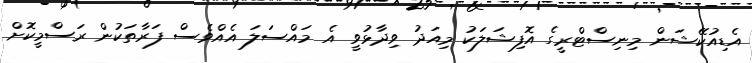
އެޑިއުކޭޝަން މިނިސްޓްރީގެ އޮފިޝަލަކު މިއަދު ވިދާޅުވީ އެ މައްސަލަ އެއްވެސް ފަރާތަކުން ރަސްމީކޮށް